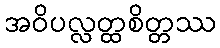
အဝိပလ္လတ္ထစိတ္တဿ